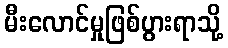
မီးလောင်မှုဖြစ်ပွားရာသို့